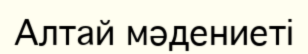
Алтай мәдениеті